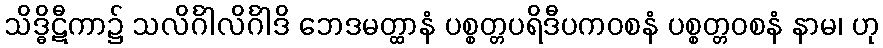
သိဒ္ဓိဋီကာ၌ သလိင်္ဂါလိင်္ဂါဒိ ဘေဒမတ္ထာနံ ပစ္စတ္တပရိဒီပကဝစနံ ပစ္စတ္တဝစနံ နာမ၊ ဟု